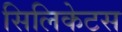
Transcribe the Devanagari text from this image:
सिलिकेटस